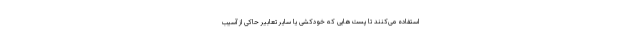
استفاده می‌کنند تا پُست‌هایی که خودکشی یا سایر تعابیر حاکی از آسیب